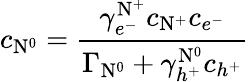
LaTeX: c_{\mathrm{N}^{0}}=\frac{\gamma_{e^{-}}^{\mathrm{N}^{+}}c_{\mathrm{N}^{+}}c_{e^{-}}}{\Gamma_{\mathrm{N}^{0}}+\gamma_{h^{+}}^{\mathrm{N}^{0}}c_{h^{+}}}